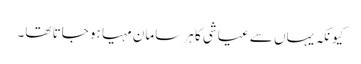
کیونکہ یہاں سے عیاشی کا ہر سامان مہیا ہو جاتا تھا۔